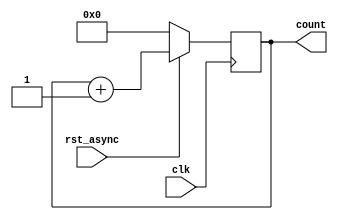
module counter_16bit (
    input clk,
    input rst_async,
    output reg [15:0] count = 0
);   // reg [15:0] count;

    always @(posedge clk) 
        begin
            // active low reset
            if (rst_async) 
            begin
                count[15:0] <= count + 1'b1;                
            end
            else
                count <= 1'b0;
        end

endmodule